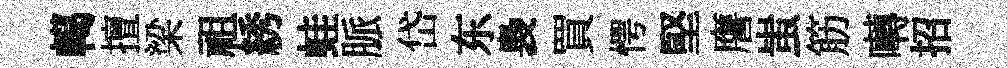
轕擅梁祖綉蛙脈岱东裊買愕堅譍蚩筋囀招